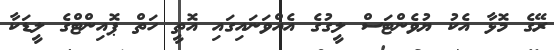
ރޭގެ މޮޅާ އެކު ޔުވެންޓަސް ލީގުގެ އެއްވަނައިގައި އޮތީ ހަތް ޕޮއިންޓްގެ ލީޑަކާ